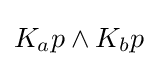
K_{a}p\land K_{b}p